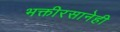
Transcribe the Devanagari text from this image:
भक्तीरसानेही